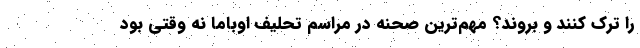
را ترک کنند و بروند؟ مهم‌ترین صحنه در مراسم تحلیف اوباما نه وقتی بود